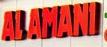
al